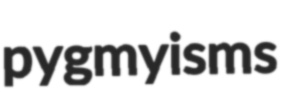
pygmyisms